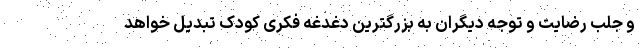
و جلب رضایت و توجه دیگران به بزرگترین دغدغه فکری کودک تبدیل خواهد